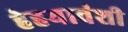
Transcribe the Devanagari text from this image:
हेहयावंशी